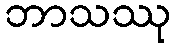
ဘာသဿု